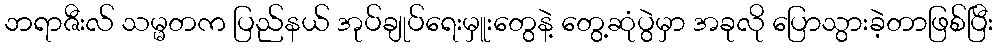
ဘရာဇီးလ် သမ္မတက ပြည်နယ် အုပ်ချုပ်ရေးမှူးတွေနဲ့ တွေ့ဆုံပွဲမှာ အခုလို ပြောသွားခဲ့တာဖြစ်ပြီး